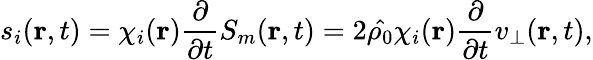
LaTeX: s_{i}(\textbf{r},t)=\chi_{i}(\textbf r)\frac{\partial}{\partial t}S_{m}(\textbf{r},t)=2\hat{\rho_{0}}\chi_{i}(\textbf r)\frac{\partial}{\partial t}v_{\bot}(\textbf{r},t),